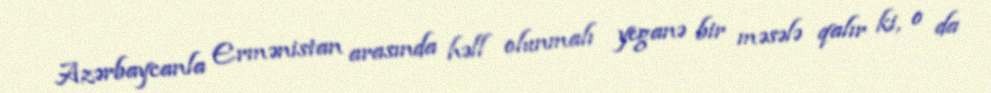
Azərbaycanla Ermənistan arasında həll olunmalı yeganə bir məsələ qalır ki, o da